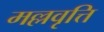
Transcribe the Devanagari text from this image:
मल्लवृत्ति